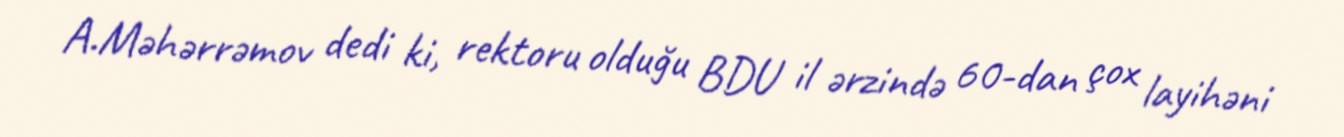
A.Məhərrəmov dedi ki, rektoru olduğu BDU il ərzində 60-dan çox layihəni